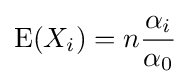
\operatorname {E} (X_{i})=n{\frac {\alpha _{i}}{\alpha _{0}}}